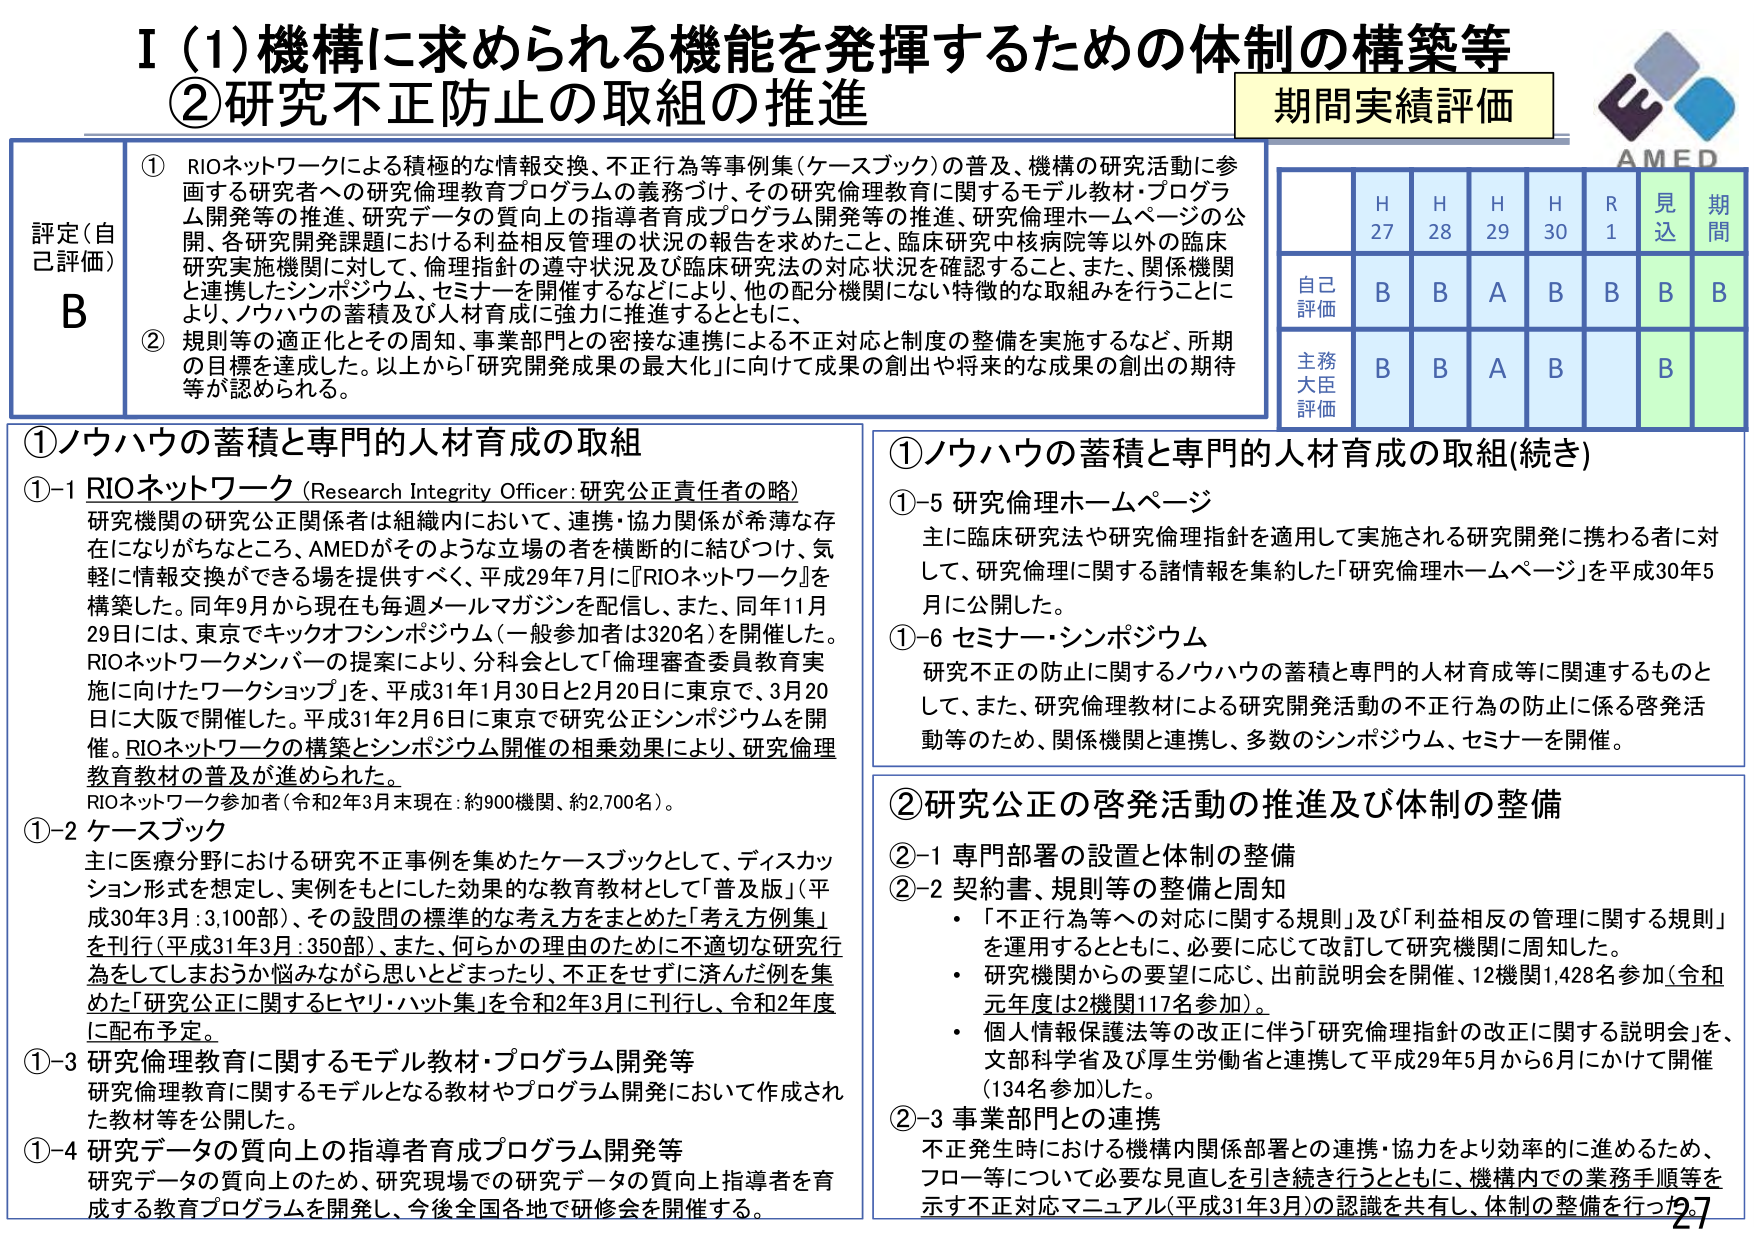
I (1) 機構に求められる機能を発揮するための体制の構築等
②研究不正防止の取組の推進

期間実績評価

評定（自己評価）
B

① RIOネットワークによる積極的な情報交換、不正行為等事例集（ケースブック）の普及、機構の研究活動に参画する研究者への研究倫理教育プログラムの義務づけ、その研究倫理教育に関するモデル教材・プログラム開発等の推進、研究データの質向上の指導者育成プログラム開発等の推進、研究倫理ホームページの公開、各研究開発課題における利益相反管理の状況の報告を求めたこと、臨床研究中核病院等以外の臨床研究実施機関に対して、倫理指針の遵守状況及び臨床研究法の対応状況を確認すること、また、関係機関と連携したシンポジウム、セミナーを開催するなどにより、他の配分機関にない特徴的な取組みを行うことにより、ノウハウの蓄積及び人材育成に強力に推進するとともに、
② 規則等の適正化とその周知、事業部門との密接な連携による不正対応と制度の整備を実施するなど、所期の目標を達成した。以上から「研究開発成果の最大化」に向けて成果の創出や将来的な成果の創出の期待等が認められる。

H27 H28 H29 H30 R1 見込 期間
自己評価 B B A B B B B
主務大臣評価 B B A B B

①ノウハウの蓄積と専門的人材育成の取組
①-1 RIOネットワーク（Research Integrity Officer: 研究公正責任者の略）
研究機関の研究公正関係者は組織内において、連携・協力関係が希薄な存在になりがちなところ、AMEDがそのような立場の者を横断的に結びつけ、気軽に情報交換ができる場を提供すべく、平成29年7月に『RIOネットワーク』を構築した。同年9月から現在は毎週メールマガジンを配信し、また、同年11月29日には、東京でキックオフシンポジウム（一般参加者は320名）を開催した。RIOネットワークメンバーの提案により、分科会として「倫理審査委員教育実施に向けたワークショップ」を、平成31年1月30日と2月20日に東京で、3月20日に大阪で開催した。平成31年2月6日に東京で研究公正シンポジウムを開催。RIOネットワークの構築とシンポジウム開催の相乗効果により、研究倫理教育教材の普及が進められた。
RIOネットワーク参加者（令和2年3月末現在：約900機関、約2,700名）。

①-2 ケースブック
主に医療分野における研究不正事例を集めたケースブックとして、ディスカッション形式を想定し、実例をもとにした効果的な教育教材として「普及版」（平成30年3月：3,100部）、その設問の標準的な考え方をまとめた「考え方例集」を刊行（平成31年3月：350部）、また、何らかの理由のために不適切な研究行為をしてしまおうか悩みながら思いとどまったり、不正をせずに済んだ例を集めた「研究公正に関するヒヤリ・ハット集」を令和2年3月に刊行し、令和2年度に配布予定。

①-3 研究倫理教育に関するモデル教材・プログラム開発等
研究倫理教育に関するモデルとなる教材やプログラム開発において作成された教材等を公開した。

①-4 研究データの質向上の指導者育成プログラム開発等
研究データの質向上のため、研究現場での研究データの質向上指導者を育成する教育プログラムを開発し、今後全国各地で研修会を開催する。

①ノウハウの蓄積と専門的人材育成の取組（続き）
①-5 研究倫理ホームページ
主に臨床研究法や研究倫理指針を適用して実施される研究開発に携わる者に対して、研究倫理に関する諸情報を集約した「研究倫理ホームページ」を平成30年5月に公開した。

①-6 セミナー・シンポジウム
研究不正の防止に関するノウハウの蓄積と専門的人材育成等に関連するものとして、また、研究倫理教材による研究開発活動の不正行為の防止に係る啓発活動等のため、関係機関と連携し、多数のシンポジウム、セミナーを開催。

②研究公正の啓発活動の推進及び体制の整備
②-1 専門部署の設置と体制の整備
②-2 契約書、規則等の整備と周知
・「不正行為等への対応に関する規則」及び「利益相反の管理に関する規則」を運用するとともに、必要に応じて改訂して研究機関に周知した。
・研究機関からの要望に応じ、出前説明会を開催、12機関1,428名参加（令和元年度は2機関117名参加）。
・個人情報保護法等の改正に伴う「研究倫理指針の改正に関する説明会」を、文部科学省及び厚生労働省と連携して平成29年5月から6月にかけて開催（134名参加した）。

②-3 事業部門との連携
不正発生時における機構内関係部署との連携・協力をより効率的に進めるため、フロー等について必要な見直しを引き続き行うとともに、機構内での業務手順等を示す不正対応マニュアル（平成31年3月）の認識を共有し、体制の整備を行った。

AMED
27